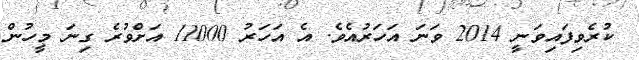
ކުރެވިފައިވަނީ 2014 ވަނަ އަހަރުއެވެ. އެ އަހަރު 11000 އަށްވުރެ ގިނަ މީހުން